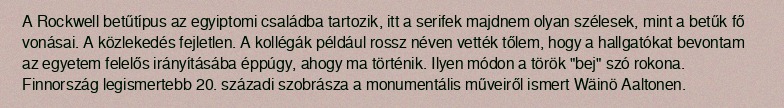
A Rockwell betűtípus az egyiptomi családba tartozik, itt a serifek majdnem olyan szélesek, mint a betűk fő vonásai. A közlekedés fejletlen. A kollégák például rossz néven vették tőlem, hogy a hallgatókat bevontam az egyetem felelős irányításába éppúgy, ahogy ma történik. Ilyen módon a török "bej" szó rokona. Finnország legismertebb 20. századi szobrásza a monumentális műveiről ismert Wäinö Aaltonen.